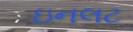
ઇનલટ